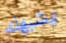
يشبهك